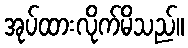
အုပ်ထားလိုက်မိသည်။